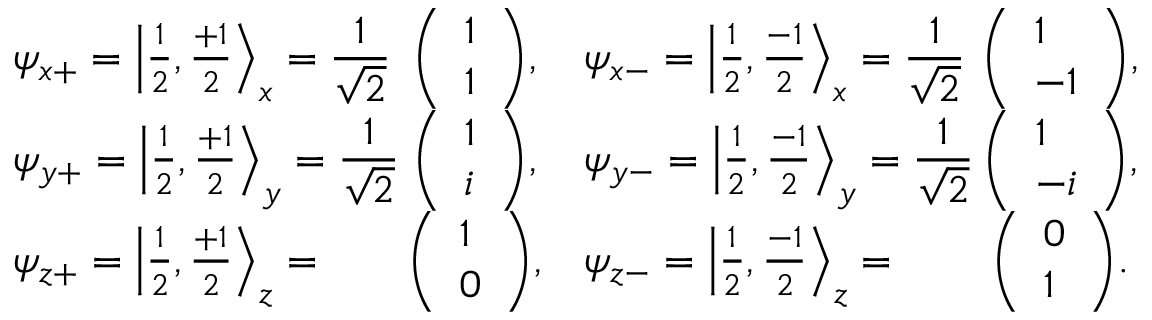
{ \begin{array} { l c l c } { \psi _ { x + } = \left| { \frac { 1 } { 2 } } , { \frac { + 1 } { 2 } } \right\rangle _ { x } = \displaystyle { \frac { 1 } { \sqrt { 2 } } } \! \! \! \! \! } & { { \left( \begin{array} { l } { { 1 } } \\ { { 1 } } \end{array} \right) } , } & { \psi _ { x - } = \left| { \frac { 1 } { 2 } } , { \frac { - 1 } { 2 } } \right\rangle _ { x } = \displaystyle { \frac { 1 } { \sqrt { 2 } } } \! \! \! \! \! } & { { \left( \begin{array} { l } { { 1 } } \\ { { - 1 } } \end{array} \right) } , } \\ { \psi _ { y + } = \left| { \frac { 1 } { 2 } } , { \frac { + 1 } { 2 } } \right\rangle _ { y } = \displaystyle { \frac { 1 } { \sqrt { 2 } } } \! \! \! \! \! } & { { \left( \begin{array} { l } { { 1 } } \\ { { i } } \end{array} \right) } , } & { \psi _ { y - } = \left| { \frac { 1 } { 2 } } , { \frac { - 1 } { 2 } } \right\rangle _ { y } = \displaystyle { \frac { 1 } { \sqrt { 2 } } } \! \! \! \! \! } & { { \left( \begin{array} { l } { { 1 } } \\ { { - i } } \end{array} \right) } , } \\ { \psi _ { z + } = \left| { \frac { 1 } { 2 } } , { \frac { + 1 } { 2 } } \right\rangle _ { z } = } & { { \left( \begin{array} { l } { 1 } \\ { 0 } \end{array} \right) } , } & { \psi _ { z - } = \left| { \frac { 1 } { 2 } } , { \frac { - 1 } { 2 } } \right\rangle _ { z } = } & { { \left( \begin{array} { l } { 0 } \\ { 1 } \end{array} \right) } . } \end{array} }